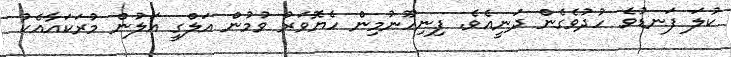
ކުލަ ފަނޑުވެ ހުދުވެގެން ދަނީއެވެ. ފިނިހޫނުމިން ހެޔޮވަރު ވުމުން އަލްގީ އަލުން މުރަކައާއެކު